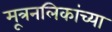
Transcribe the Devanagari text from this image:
मूत्रनलिकांच्या